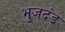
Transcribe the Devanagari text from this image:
भुजदंड